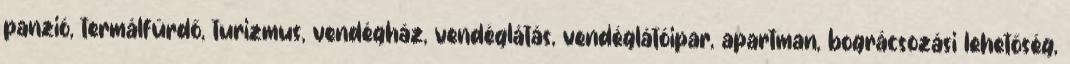
panzió, termálfürdő, turizmus, vendégház, vendéglátás, vendéglátóipar, apartman, bográcsozási lehetőség,